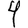
Digit: 4